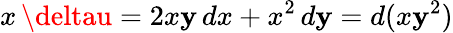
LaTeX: x\, \deltau=2x\mathbf{y}\, dx+x^{2}\, d\mathbf{y}=d(x\mathbf{y}^{2})